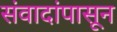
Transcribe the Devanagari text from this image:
संवादांपासून